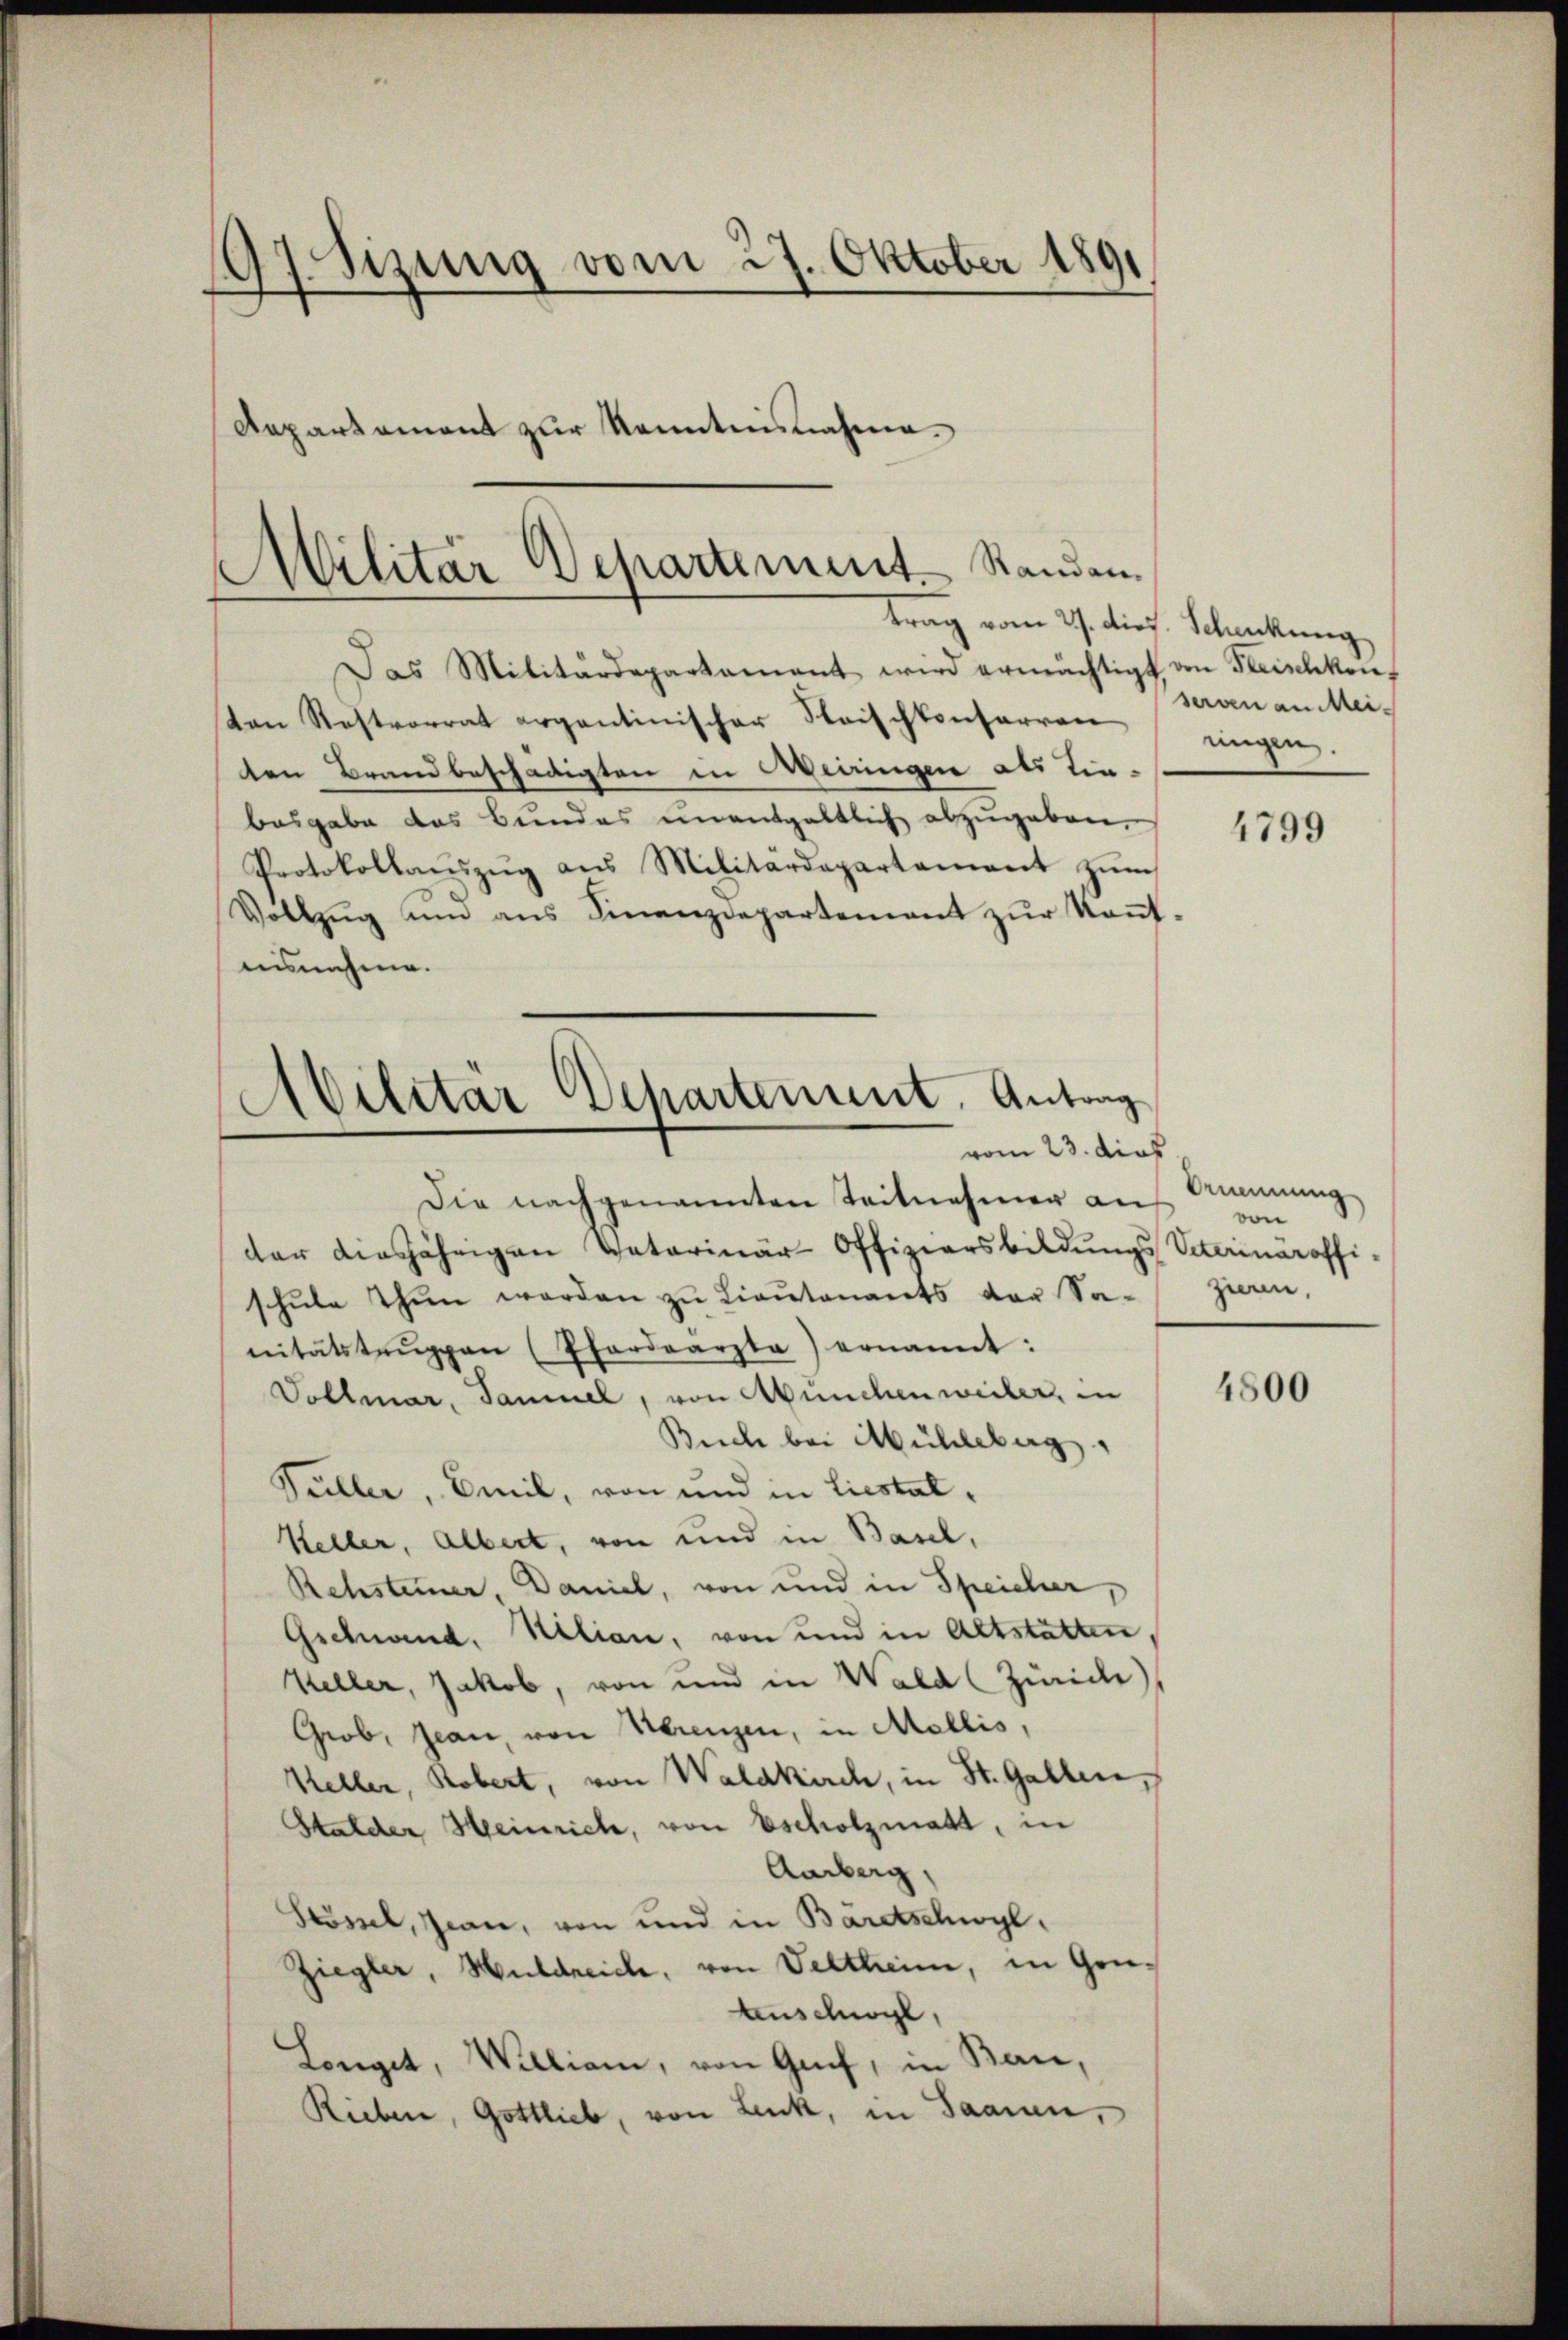
97 Sizung vom 27. Oktober 1891
Aepartement zur Kenntnisnahme.

(
Militär Separtement. Standan
trag vom 27. dies. Schickung

Das Militärdepartement wird ermächtigt, von Fleischkonf
ten Restvorrat ergantinischer Strischkonserren
ten Brandbeschädigten in Meiringen als Ein-
besgabe das Bundes unentgeltlich abzugeben.
Protokollaŭszŭg aŭs Militärdepartament zŭm
Vollzŭg an aus Finanzdepartement zur Kont-
annehme.

Militär Departement. Antrag
vom 23. dies

Die nachgenannten Teilnehmen an
der diesjährigen Vaterinär-Offiziersbildungs Veterinäroffi-
schule Thun werden zu Lieutenants der Sa-
nitätstrŭppen (Pferdearzta) ernannt:
Vollmar, Sammel, von Münchenweiler, in
Buch bei Mühleberg,
Füller, Emil, von und in Liestal¬
Keller, Albert, von und in Basel,
Rehsteiner, Daniel, von und in Speicher,
Gschwand, Kilian, von und in Altstätten,
Keller, Jakob, von und in Wald (Zürich)
Grob, Jean, von Herenzen, in Mollis,
Keller, Robert, von Waldkirch, in St. Gallen,
Stalder Heinrich, von Escholzmatt, in
Amberg,
Sössl, Jean, von und in Baretschwyl,
Ziegler, Huldreiche, von Veltheim, in Grü¬
Anschwyl,
Longet, Williani, von Genf, in Baie,
Rieben, Gottlieb, von Lenk, in Saanen,

serven an Meiungen.

4799

Omnung
von
zien,

4500